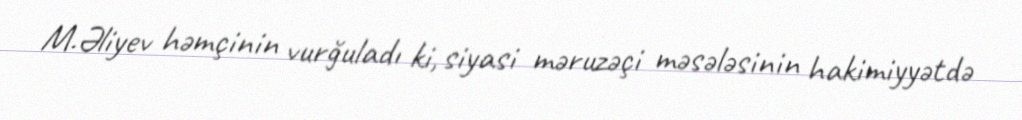
M.Əliyev həmçinin vurğuladı ki, siyasi məruzəçi məsələsinin hakimiyyətdə